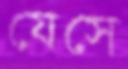
যেসে